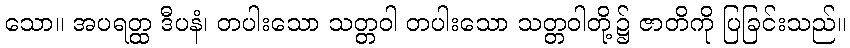
သော။ အပရတ္ထ ဒီပနံ၊ တပါးသော သတ္တဝါ တပါးသော သတ္တဝါတို့၌ ဇာတိကို ပြခြင်းသည်။